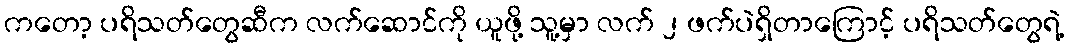
ကတော့ ပရိသတ်တွေဆီက လက်ဆောင်ကို ယူဖို့ သူ့မှာ လက် ၂ ဖက်ပဲရှိတာကြောင့် ပရိသတ်တွေရဲ့